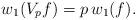
LaTeX: \begin{align*}w_1(V_p f) = p\, w_1(f). \end{align*}